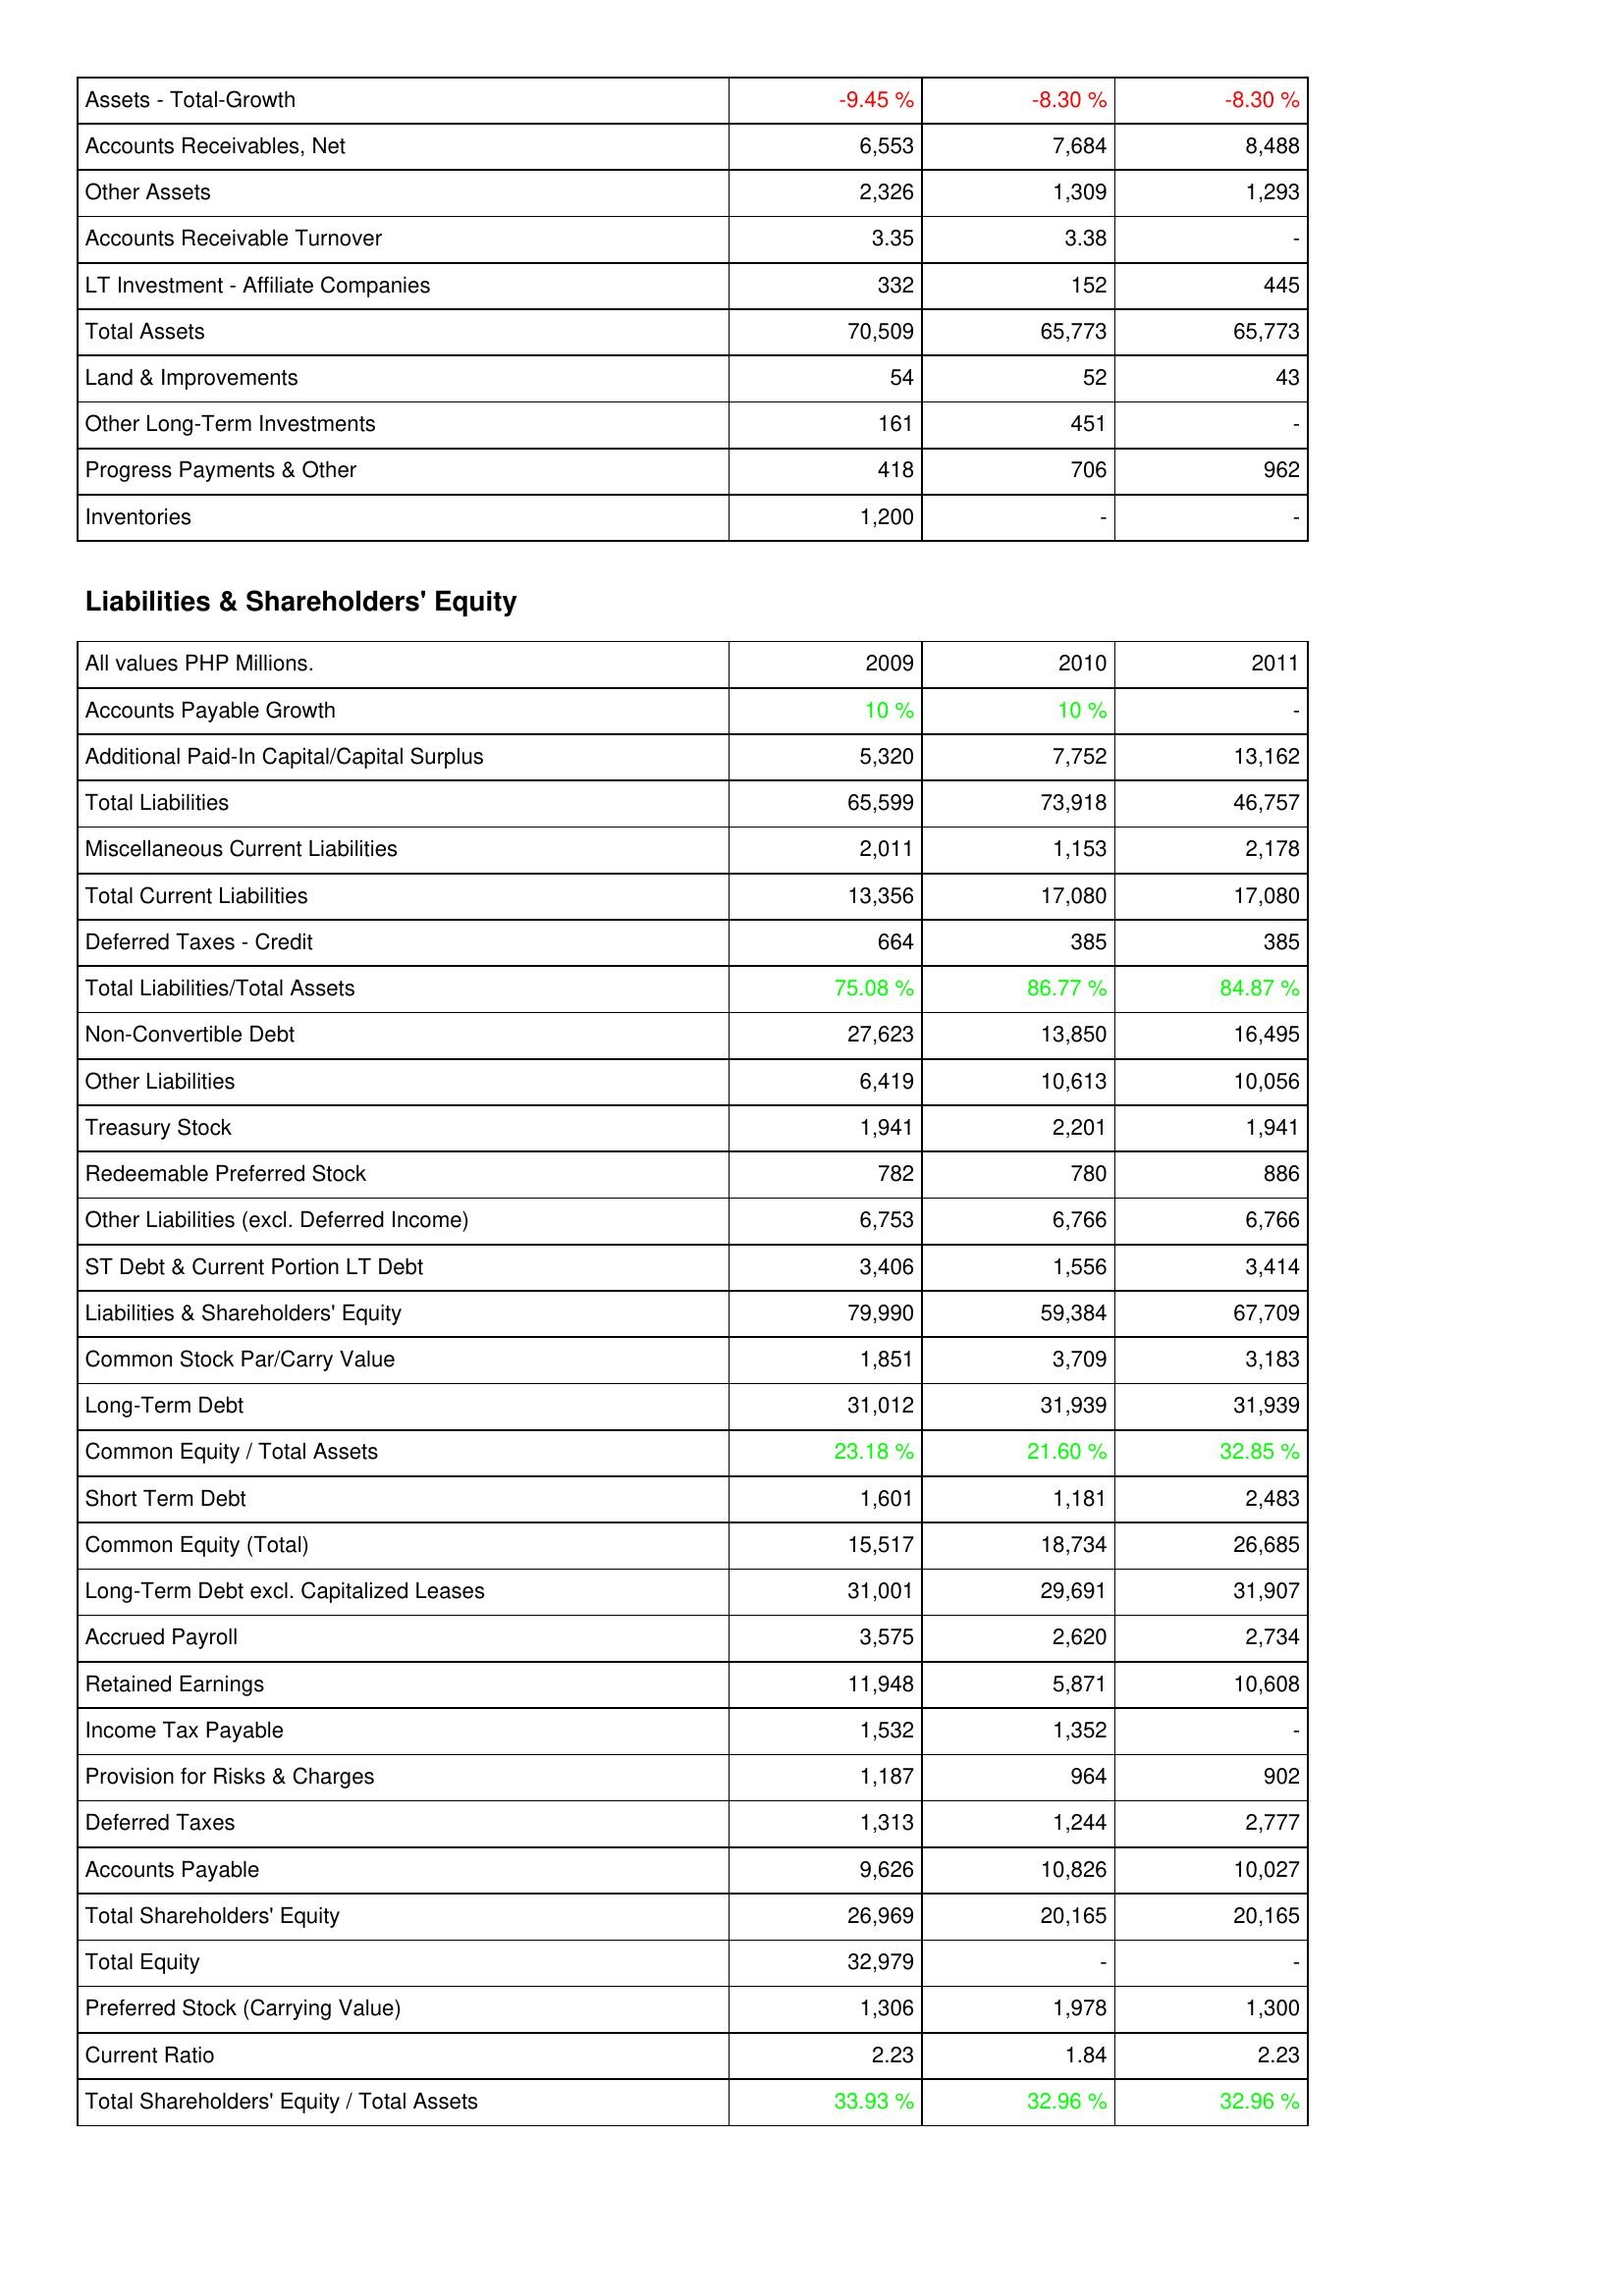
2009: Assets: Assets - Total-Growth: -9.45 %
Accounts Receivables, Net: 6,553
Other Assets: 2,326
Accounts Receivable Turnover: 3.35
LT Investment - Affiliate Companies: 332
Total Assets: 70,509
Land & Improvements: 54
Other Long-Term Investments: 161
Progress Payments & Other: 418
Inventories: 1,200
Liabilities & Shareholders' Equity: Accounts Payable Growth: 10 %
Additional Paid-In Capital/Capital Surplus: 5,320
Total Liabilities: 65,599
Miscellaneous Current Liabilities: 2,011
Total Current Liabilities: 13,356
Deferred Taxes - Credit: 664
Total Liabilities/Total Assets: 75.08 %
Non-Convertible Debt: 27,623
Other Liabilities: 6,419
Treasury Stock: 1,941
Redeemable Preferred Stock: 782
Other Liabilities (excl. Deferred Income): 6,753
ST Debt & Current Portion LT Debt: 3,406
Liabilities & Shareholders' Equity: 79,990
Common Stock Par/Carry Value: 1,851
Long-Term Debt: 31,012
Common Equity / Total Assets: 23.18 %
Short Term Debt: 1,601
Common Equity (Total): 15,517
Long-Term Debt excl. Capitalized Leases: 31,001
Accrued Payroll: 3,575
Retained Earnings: 11,948
Income Tax Payable: 1,532
Provision for Risks & Charges: 1,187
Deferred Taxes: 1,313
Accounts Payable: 9,626
Total Shareholders' Equity: 26,969
Total Equity: 32,979
Preferred Stock (Carrying Value): 1,306
Current Ratio: 2.23
Total Shareholders' Equity / Total Assets: 33.93 %
2010: Assets: Assets - Total-Growth: -8.30 %
Accounts Receivables, Net: 7,684
Other Assets: 1,309
Accounts Receivable Turnover: 3.38
LT Investment - Affiliate Companies: 152
Total Assets: 65,773
Land & Improvements: 52
Other Long-Term Investments: 451
Progress Payments & Other: 706
Inventories: -
Liabilities & Shareholders' Equity: Accounts Payable Growth: 10 %
Additional Paid-In Capital/Capital Surplus: 7,752
Total Liabilities: 73,918
Miscellaneous Current Liabilities: 1,153
Total Current Liabilities: 17,080
Deferred Taxes - Credit: 385
Total Liabilities/Total Assets: 86.77 %
Non-Convertible Debt: 13,850
Other Liabilities: 10,613
Treasury Stock: 2,201
Redeemable Preferred Stock: 780
Other Liabilities (excl. Deferred Income): 6,766
ST Debt & Current Portion LT Debt: 1,556
Liabilities & Shareholders' Equity: 59,384
Common Stock Par/Carry Value: 3,709
Long-Term Debt: 31,939
Common Equity / Total Assets: 21.60 %
Short Term Debt: 1,181
Common Equity (Total): 18,734
Long-Term Debt excl. Capitalized Leases: 29,691
Accrued Payroll: 2,620
Retained Earnings: 5,871
Income Tax Payable: 1,352
Provision for Risks & Charges: 964
Deferred Taxes: 1,244
Accounts Payable: 10,826
Total Shareholders' Equity: 20,165
Total Equity: -
Preferred Stock (Carrying Value): 1,978
Current Ratio: 1.84
Total Shareholders' Equity / Total Assets: 32.96 %
2011: Assets: Assets - Total-Growth: -8.30 %
Accounts Receivables, Net: 8,488
Other Assets: 1,293
Accounts Receivable Turnover: -
LT Investment - Affiliate Companies: 445
Total Assets: 65,773
Land & Improvements: 43
Other Long-Term Investments: -
Progress Payments & Other: 962
Inventories: -
Liabilities & Shareholders' Equity: Accounts Payable Growth: -
Additional Paid-In Capital/Capital Surplus: 13,162
Total Liabilities: 46,757
Miscellaneous Current Liabilities: 2,178
Total Current Liabilities: 17,080
Deferred Taxes - Credit: 385
Total Liabilities/Total Assets: 84.87 %
Non-Convertible Debt: 16,495
Other Liabilities: 10,056
Treasury Stock: 1,941
Redeemable Preferred Stock: 886
Other Liabilities (excl. Deferred Income): 6,766
ST Debt & Current Portion LT Debt: 3,414
Liabilities & Shareholders' Equity: 67,709
Common Stock Par/Carry Value: 3,183
Long-Term Debt: 31,939
Common Equity / Total Assets: 32.85 %
Short Term Debt: 2,483
Common Equity (Total): 26,685
Long-Term Debt excl. Capitalized Leases: 31,907
Accrued Payroll: 2,734
Retained Earnings: 10,608
Income Tax Payable: -
Provision for Risks & Charges: 902
Deferred Taxes: 2,777
Accounts Payable: 10,027
Total Shareholders' Equity: 20,165
Total Equity: -
Preferred Stock (Carrying Value): 1,300
Current Ratio: 2.23
Total Shareholders' Equity / Total Assets: 32.96 %